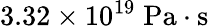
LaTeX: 3.32\times 10^{19}\; \mathrm{Pa\cdot s}